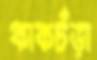
কাকচঁড়া